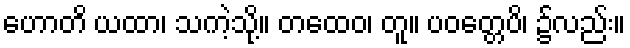
ဟောတိ ယထာ၊ သကဲ့သို့။ တထေဝ၊ တူ။ ပဝတ္တေပိ၊ ၌လည်း။